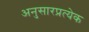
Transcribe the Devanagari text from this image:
अनुसारप्रत्येक